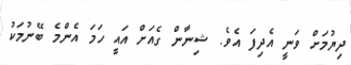
ދިޔުމަށް ވަނީ އެދިފަ އެވެ. ޝިނާން ގެއަށް އައީ ހަމަ އެންމެ ބޭނުމަކު